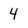
Character: 4